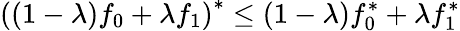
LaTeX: \left((1-\lambda)f_{0}+\lambda f_{1}\right)^{*}\leq(1-\lambda)f_{0}^{*}+\lambda f_{1}^{*}